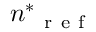
{ n ^ { \ast } } _ { \mathrm { ~ r ~ e ~ f ~ } }